Civil Veterinary Department. United Provinces 1923-31 - 1923-1931
Year: 1923
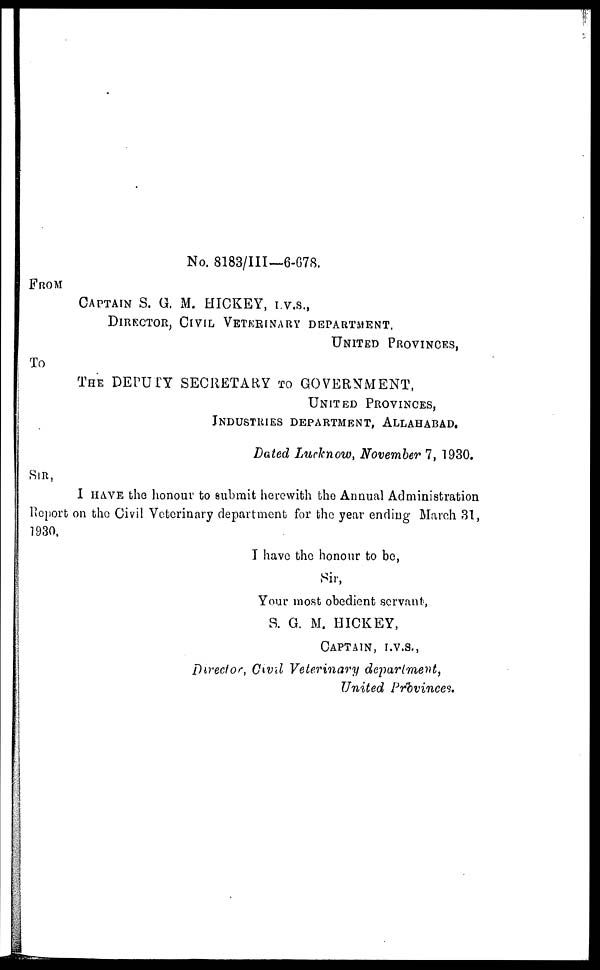
No. 8183/III—6-678.
FROM
CAPTAIN S. G. M. HICKEY, I.V.S.,
DIRECTOR, CIVIL VETERINARY DEPARTMENT,
UNITED PROVINCES,
TO
THE DEPUTY SECRETARY TO GOVERNMENT,
UNITED PROVINCES,
INDUSTRIES DEPARTMENT, ALLAHABAD.
Dated Lucknow, November 7, 1930.
SIR,
I HAVE the honour to submit herewith the Annual Administration
Report on the Civil Veterinary department for the year ending March 31,
1930.
I have the honour to be,
Sir,
Your most obedient servant,
S. G. M. HICKEY,
CAPTAIN, I.V.S.,
Director, Civil Veterinary
department,
United Provinces.